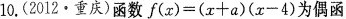
10.(2012·重庆)函数$$f ( x ) = ( x + a ) ( x - 4 )$$为偶函